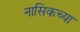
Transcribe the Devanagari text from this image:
नासिकच्या